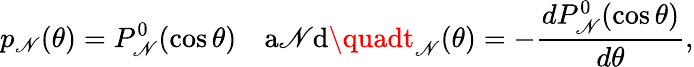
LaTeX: p_{\mathscr{N}}(\theta)=P_{\mathscr{N}}^{0}(\cos\theta)\quad\mathrm{{a\mathscr{N}d}}\quadt_{\mathscr{N}}(\theta)=-\frac{{dP_{\mathscr{N}}^{0}(\cos\theta)}}{{d\theta}},